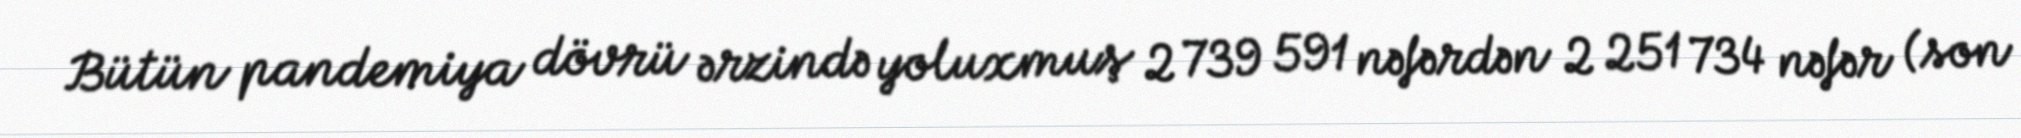
Bütün pandemiya dövrü ərzində yoluxmuş 2 739 591 nəfərdən 2 251 734 nəfər (son